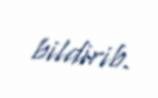
bildirib.